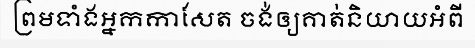
ព្រមទាំងអ្នកកាសែត ចង់ឲ្យគាត់និយាយអំពី